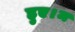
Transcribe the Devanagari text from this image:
हुए।म